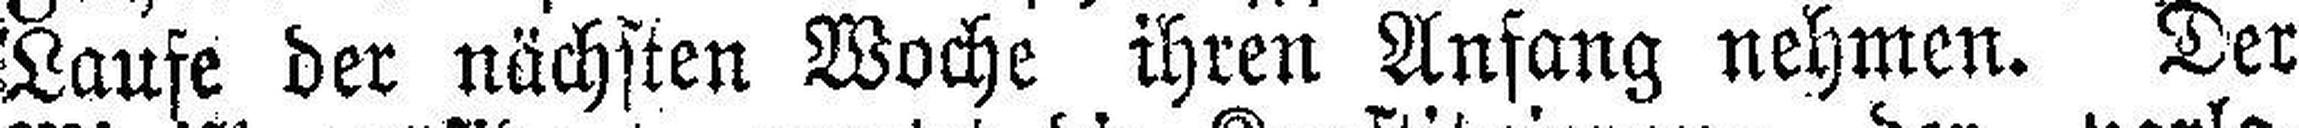
Laufe der nächsten Woche ihren Anfang nehmen. Der